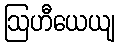
ဩဟီယေယျ